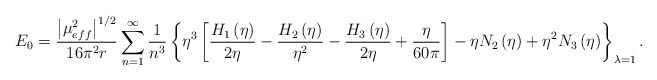
\begin{align*}E_{0}=\frac{\left|\mu _{eff}^{2}\right|^{1/2}}{16\pi ^{2}r}\sum _{n=1}^{\infty }\frac{1}{n^{3}}\left\{ \eta ^{3}\left[\frac{H_{1}\left(\eta \right)}{2\eta }-\frac{H_{2}\left(\eta \right)}{\eta ^{2}}-\frac{H_{3}\left(\eta \right)}{2\eta }+\frac{\eta }{60\pi }\right]-\eta N_{2}\left(\eta \right)+\eta ^{2}N_{3}\left(\eta \right)\right\} _{\lambda =1}.\end{align*}